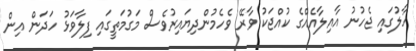
ހާލުގައި ޖެހުނު އާއިލާއެއްގެ ކުއްޖަކު ވާރޭ ވެހެމުންދިޔައިރުވެސް މަގުމަތީގައި ފިލާވަޅު ހަދަން އިން